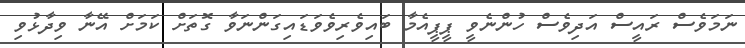
ނަމަވެސް ރައީސް އަދިވެސް ހުންނެވީ ޕީޕީއެމާ ބައިވެރިވެވަޑައިގަންނަވާ ގޮތަށް ކަމަށް އޭނާ ވިދާޅުވި